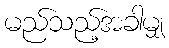
မည်သည့်အခါမျှ